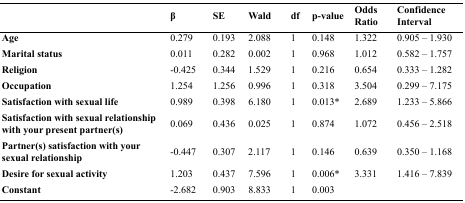
<table><thead><tr><td></td><td><b>β</b></td><td><b>SE</b></td><td><b>Wald</b></td><td><b>df</b></td><td><b>p-value</b></td><td><b>Odds Ratio</b></td><td><b>Confidence Interval</b></td></tr></thead><tbody><tr><td><b>Age</b></td><td>0.279</td><td>0.193</td><td>2.088</td><td>1</td><td>0.148</td><td>1.322</td><td>0.905 – 1.930</td></tr><tr><td><b>Marital status</b></td><td>0.011</td><td>0.282</td><td>0.002</td><td>1</td><td>0.968</td><td>1.012</td><td>0.582 – 1.757</td></tr><tr><td><b>Religion</b></td><td>-0.425</td><td>0.344</td><td>1.529</td><td>1</td><td>0.216</td><td>0.654</td><td>0.333 – 1.282</td></tr><tr><td><b>Occupation</b></td><td>1.254</td><td>1.256</td><td>0.996</td><td>1</td><td>0.318</td><td>3.504</td><td>0.299 – 7.175</td></tr><tr><td><b>Satisfaction with sexual life</b></td><td>0.989</td><td>0.398</td><td>6.180</td><td>1</td><td>0.013*</td><td>2.689</td><td>1.233 – 5.866</td></tr><tr><td><b>Satisfaction with sexual relationship with your present partner(s)</b></td><td>0.069</td><td>0.436</td><td>0.025</td><td>1</td><td>0.874</td><td>1.072</td><td>0.456 – 2.518</td></tr><tr><td><b>Partner(s) satisfaction with your sexual relationship</b></td><td>-0.447</td><td>0.307</td><td>2.117</td><td>1</td><td>0.146</td><td>0.639</td><td>0.350 – 1.168</td></tr><tr><td><b>Desire for sexual activity</b></td><td>1.203</td><td>0.437</td><td>7.596</td><td>1</td><td>0.006*</td><td>3.331</td><td>1.416 – 7.839</td></tr><tr><td><b>Constant</b></td><td>-2.682</td><td>0.903</td><td>8.833</td><td>1</td><td>0.003</td><td></td><td></td></tr></tbody></table>